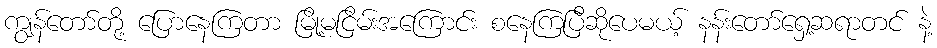
ကျွန်တော်တို့ ပြောနေကြတာ မြို့မငြိမ်းအကြောင်း စနေကြပြီဆိုပေမယ့် နန်းတော်ရှေ့ဆရာတင် နဲ့